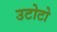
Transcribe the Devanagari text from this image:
उटोटो